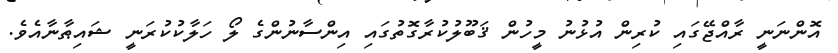
އޮންނަނީ ރާއްޖޭގައި ކުރިން އުޅުނު މީހުން ޤަބޫލުކުރާގޮތުގައި އިންސާނުންގެ ލޯ ހަލާކުކުރަނީ ޝައިޠާނާއެވެ.